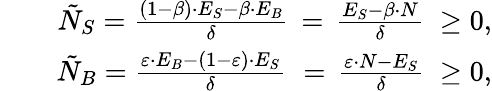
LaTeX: \begin{array}{rlr}&{}&{\tilde{N}_{S}=\frac{(1-\beta)\cdot E_{S}-\beta\cdot E_{B}}{\delta}\, =\, \frac{E_{S}-\beta\cdot N}{\delta}\; \geq 0,}\\ &{}&{\tilde{N}_{B}=\frac{\varepsilon\cdot E_{B}-(1-\varepsilon)\cdot E_{S}}{\delta}\, \, =\, \frac{\varepsilon\cdot N-E_{S}}{\delta}\; \ge 0,}\end{array}